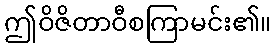
ဤဝိဇိတာဝီစကြာမင်း၏။